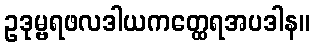
ဥဒုမ္ဗရဖလဒါယကတ္ထေရအပဒါန။